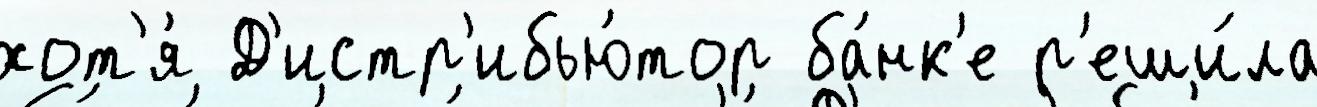
хот'я́ Д'истр'ибью́тор ба́нк'е р'еши́ла